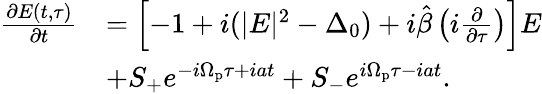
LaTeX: \begin{array}{rl}{\frac{\partial E(t,\tau)}{\partial t}}&{=\left[-1+i(|E|^{2}-\Delta_{0})+i\hat{\beta}\left(i\frac{\partial}{\partial\tau}\right)\right]E}\\ &{+S_{+}e^{-i\Omega_{\mathrm{p}}\tau+iat}+S_{-}e^{i\Omega_{\mathrm{p}}\tau-iat}.}\end{array}